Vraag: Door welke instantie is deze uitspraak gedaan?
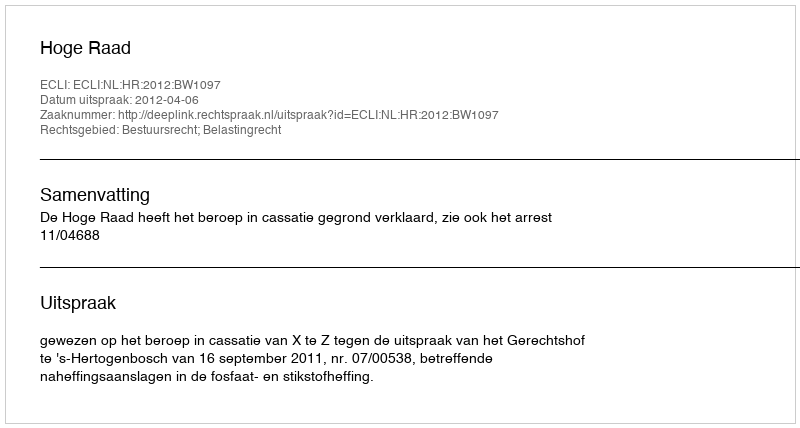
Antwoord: Hoge Raad